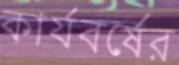
কার্যবর্ষের